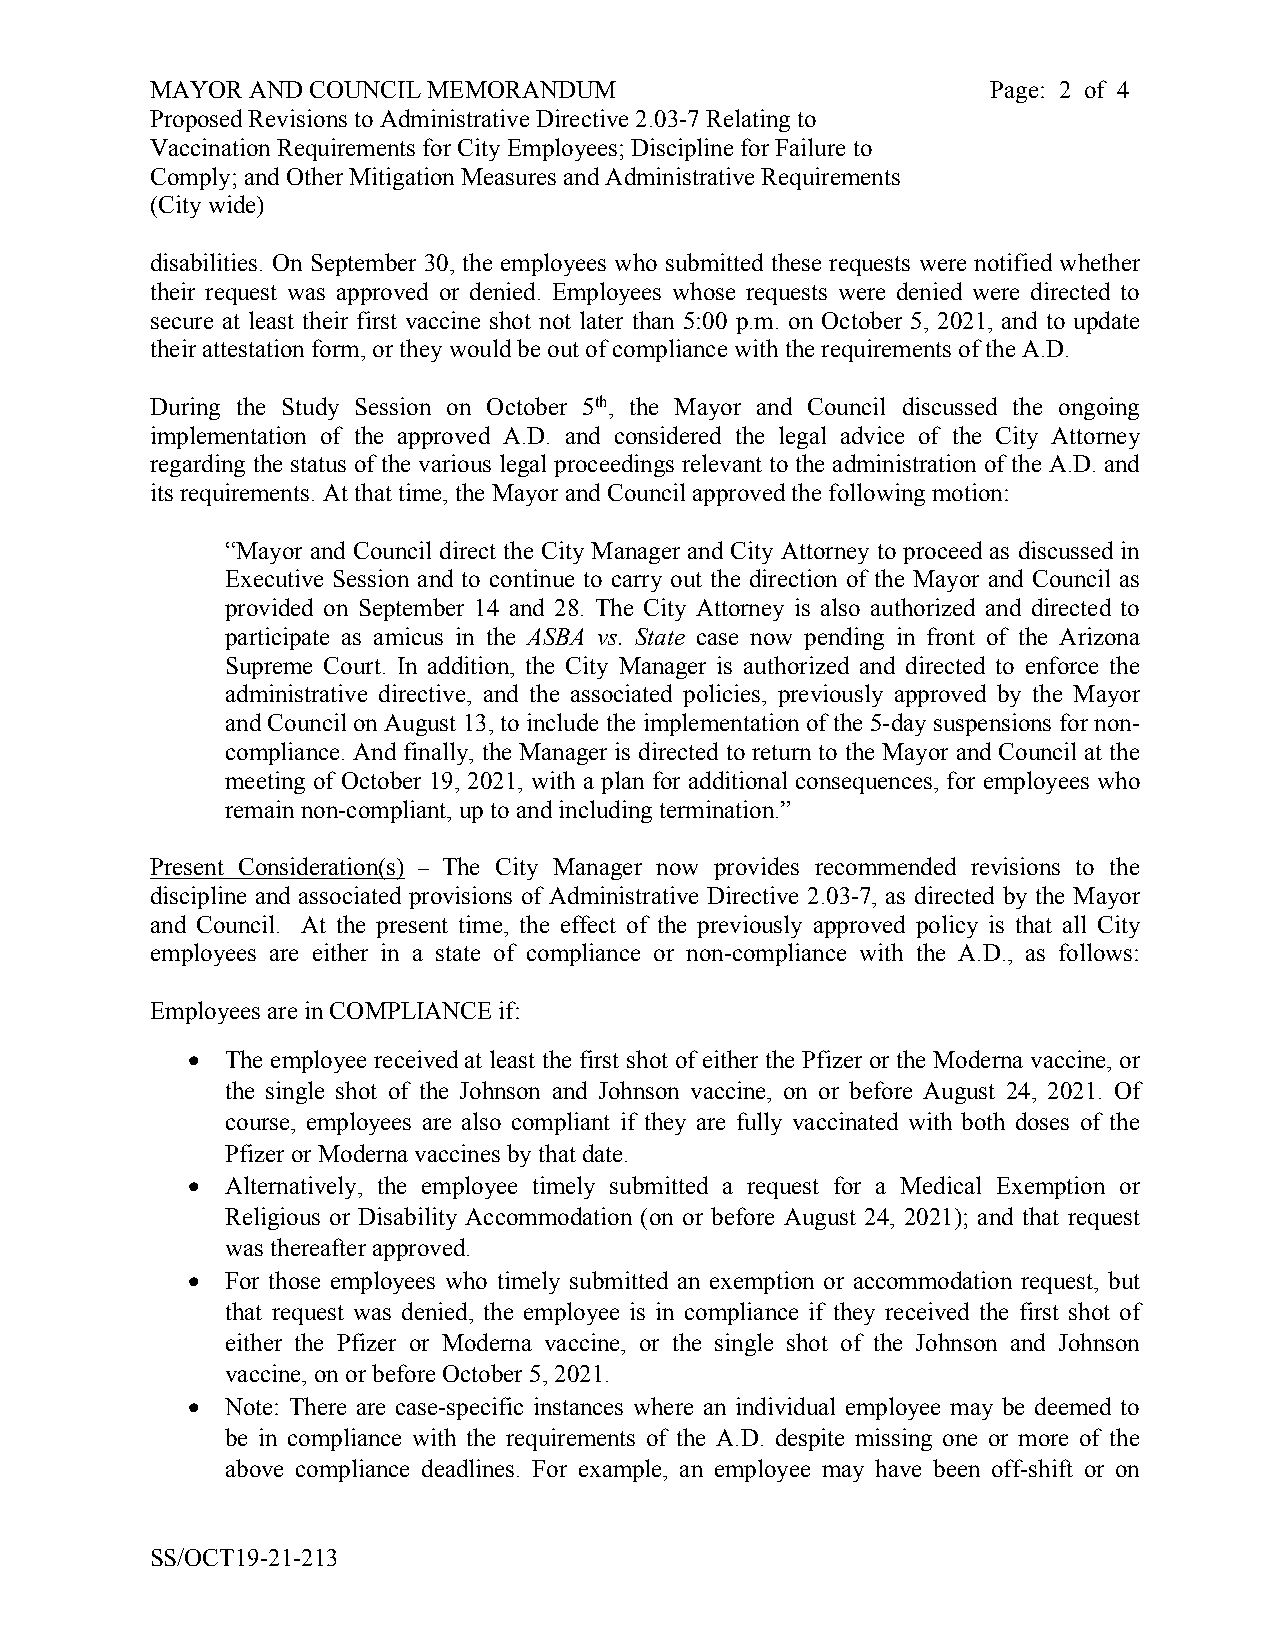
MAYOR  AND COUNCIL MEMORANDUM                           Page: 2 of 4
 Proposed Revisions to Administrative Directive 2.03-7 Relating to
 Vaccination Requirements for City Employees; Discipline for Failure to
 Comply; and Other Mitigation Measures and Administrative Requirements
 (City wide)
 disabilities. On September 30, the employees who submitted these requests were notified whether
 their request was approved or denied. Employees whose requests were denied were directed to
 secure at least their first vaccine shot not later than 5:00 p.m. on October 5, 2021, and to update
 their attestation form, or they would be out of compliance with the requirements of the A.D.
 During the Study Session on October 5th, the Mayor and Council discussed the ongoing
 implementation of the approved A.D. and considered the legal advice of the City Attorney
 regarding the status of the various legal proceedings relevant to the administration of the A.D. and
 its requirements. At that time, the Mayor and Council approved the following motion:
 “Mayor and Council direct the City Manager and City Attorney to proceed as discussed in
 Executive Session and to continue to carry out the direction of the Mayor and Council as
 provided on September 14 and 28. The City Attorney is also authorized and directed to
 participate as amicus in the ASBA vs. State case now pending in front of the Arizona
 Supreme Court. In addition, the City Manager is authorized and directed to enforce the
 administrative directive, and the associated policies, previously approved by the Mayor
 and Council on August 13, to include the implementation of the 5-day suspensions for non-
 compliance. And finally, the Manager is directed to return to the Mayor and Council at the
 meeting of October 19, 2021, with a plan for additional consequences, for employees who
 remain non-compliant, up to and including termination.”
 Present Consideration(s) – The City Manager now provides recommended revisions to the
 discipline and associated provisions of Administrative Directive 2.03-7, as directed by the Mayor
 and Council. At the present time, the effect of the previously approved policy is that all City
 employees are either in a state of compliance or non-compliance with the A.D., as follows:
 Employees are in COMPLIANCE if:
   The employee received at least the first shot of either the Pfizer or the Moderna vaccine, or
 the single shot of the Johnson and Johnson vaccine, on or before August 24, 2021. Of
 course, employees are also compliant if they are fully vaccinated with both doses of the
 Pfizer or Moderna vaccines by that date.
   Alternatively, the employee timely submitted a request for a Medical Exemption or
 Religious or Disability Accommodation (on or before August 24, 2021); and that request
 was thereafter approved.
   For those employees who timely submitted an exemption or accommodation request, but
 that request was denied, the employee is in compliance if they received the first shot of
 either the Pfizer or Moderna vaccine, or the single shot of the Johnson and Johnson
 vaccine, on or before October 5, 2021.
   Note: There are case-specific instances where an individual employee may be deemed to
 be in compliance with the requirements of the A.D. despite missing one or more of the
 above compliance deadlines. For example, an employee may have been off-shift or on
 SS/OCT19-21-213